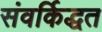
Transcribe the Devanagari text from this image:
संवर्किद्धत